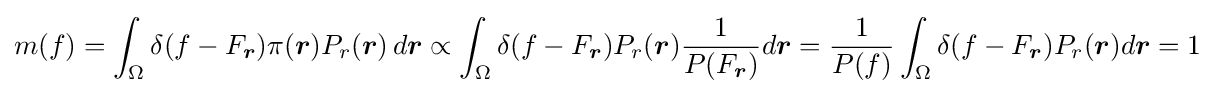
m(f)=\int _{\Omega }\delta (f-F_{\boldsymbol {r}})\pi ({\boldsymbol {r}})P_{r}({\boldsymbol {r}})\,d{\boldsymbol {r}}\propto \int _{\Omega }\delta (f-F_{\boldsymbol {r}})P_{r}({\boldsymbol {r}}){\frac {1}{P(F_{\boldsymbol {r}})}}d{\boldsymbol {r}}={\frac {1}{P(f)}}\int _{\Omega }\delta (f-F_{\boldsymbol {r}})P_{r}({\boldsymbol {r}})d{\boldsymbol {r}}=1